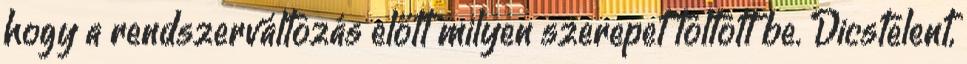
hogy a rendszerváltozás előtt milyen szerepet töltött be. Dicstelent,